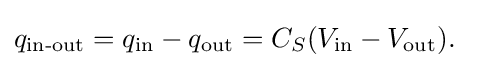
q_{\text{in-out}}=q_{\text{in}}-q_{\text{out}}=C_{S}(V_{\text{in}}-V_{\text{out}}).\